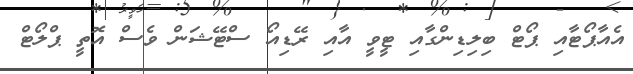
އެއާޕޯޓާއި ޕޯޓް ބިލިޑިންގާއި ޓީވީ އާއި ރޭޑިއޯ ސްޓޭޝަން ވެސް އޮތީ ޕްލޯޓް